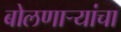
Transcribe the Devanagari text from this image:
बोलणाऱ्यांचा